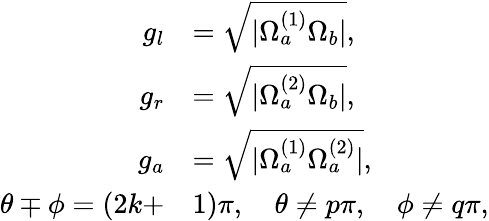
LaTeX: \begin{array}{rl}{g_{l}}&{=\sqrt{|\Omega_{a}^{(1)}\Omega_{b}|},}\\ {g_{r}}&{=\sqrt{|\Omega_{a}^{(2)}\Omega_{b}|},}\\ {g_{a}}&{=\sqrt{|\Omega_{a}^{(1)}\Omega_{a}^{(2)}|},}\\ {\theta\mp\phi=(2k+}&{1)\pi,\quad\theta\neq p\pi,\quad\phi\neq q\pi,}\end{array}